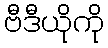
ဗီဒီယိုကို